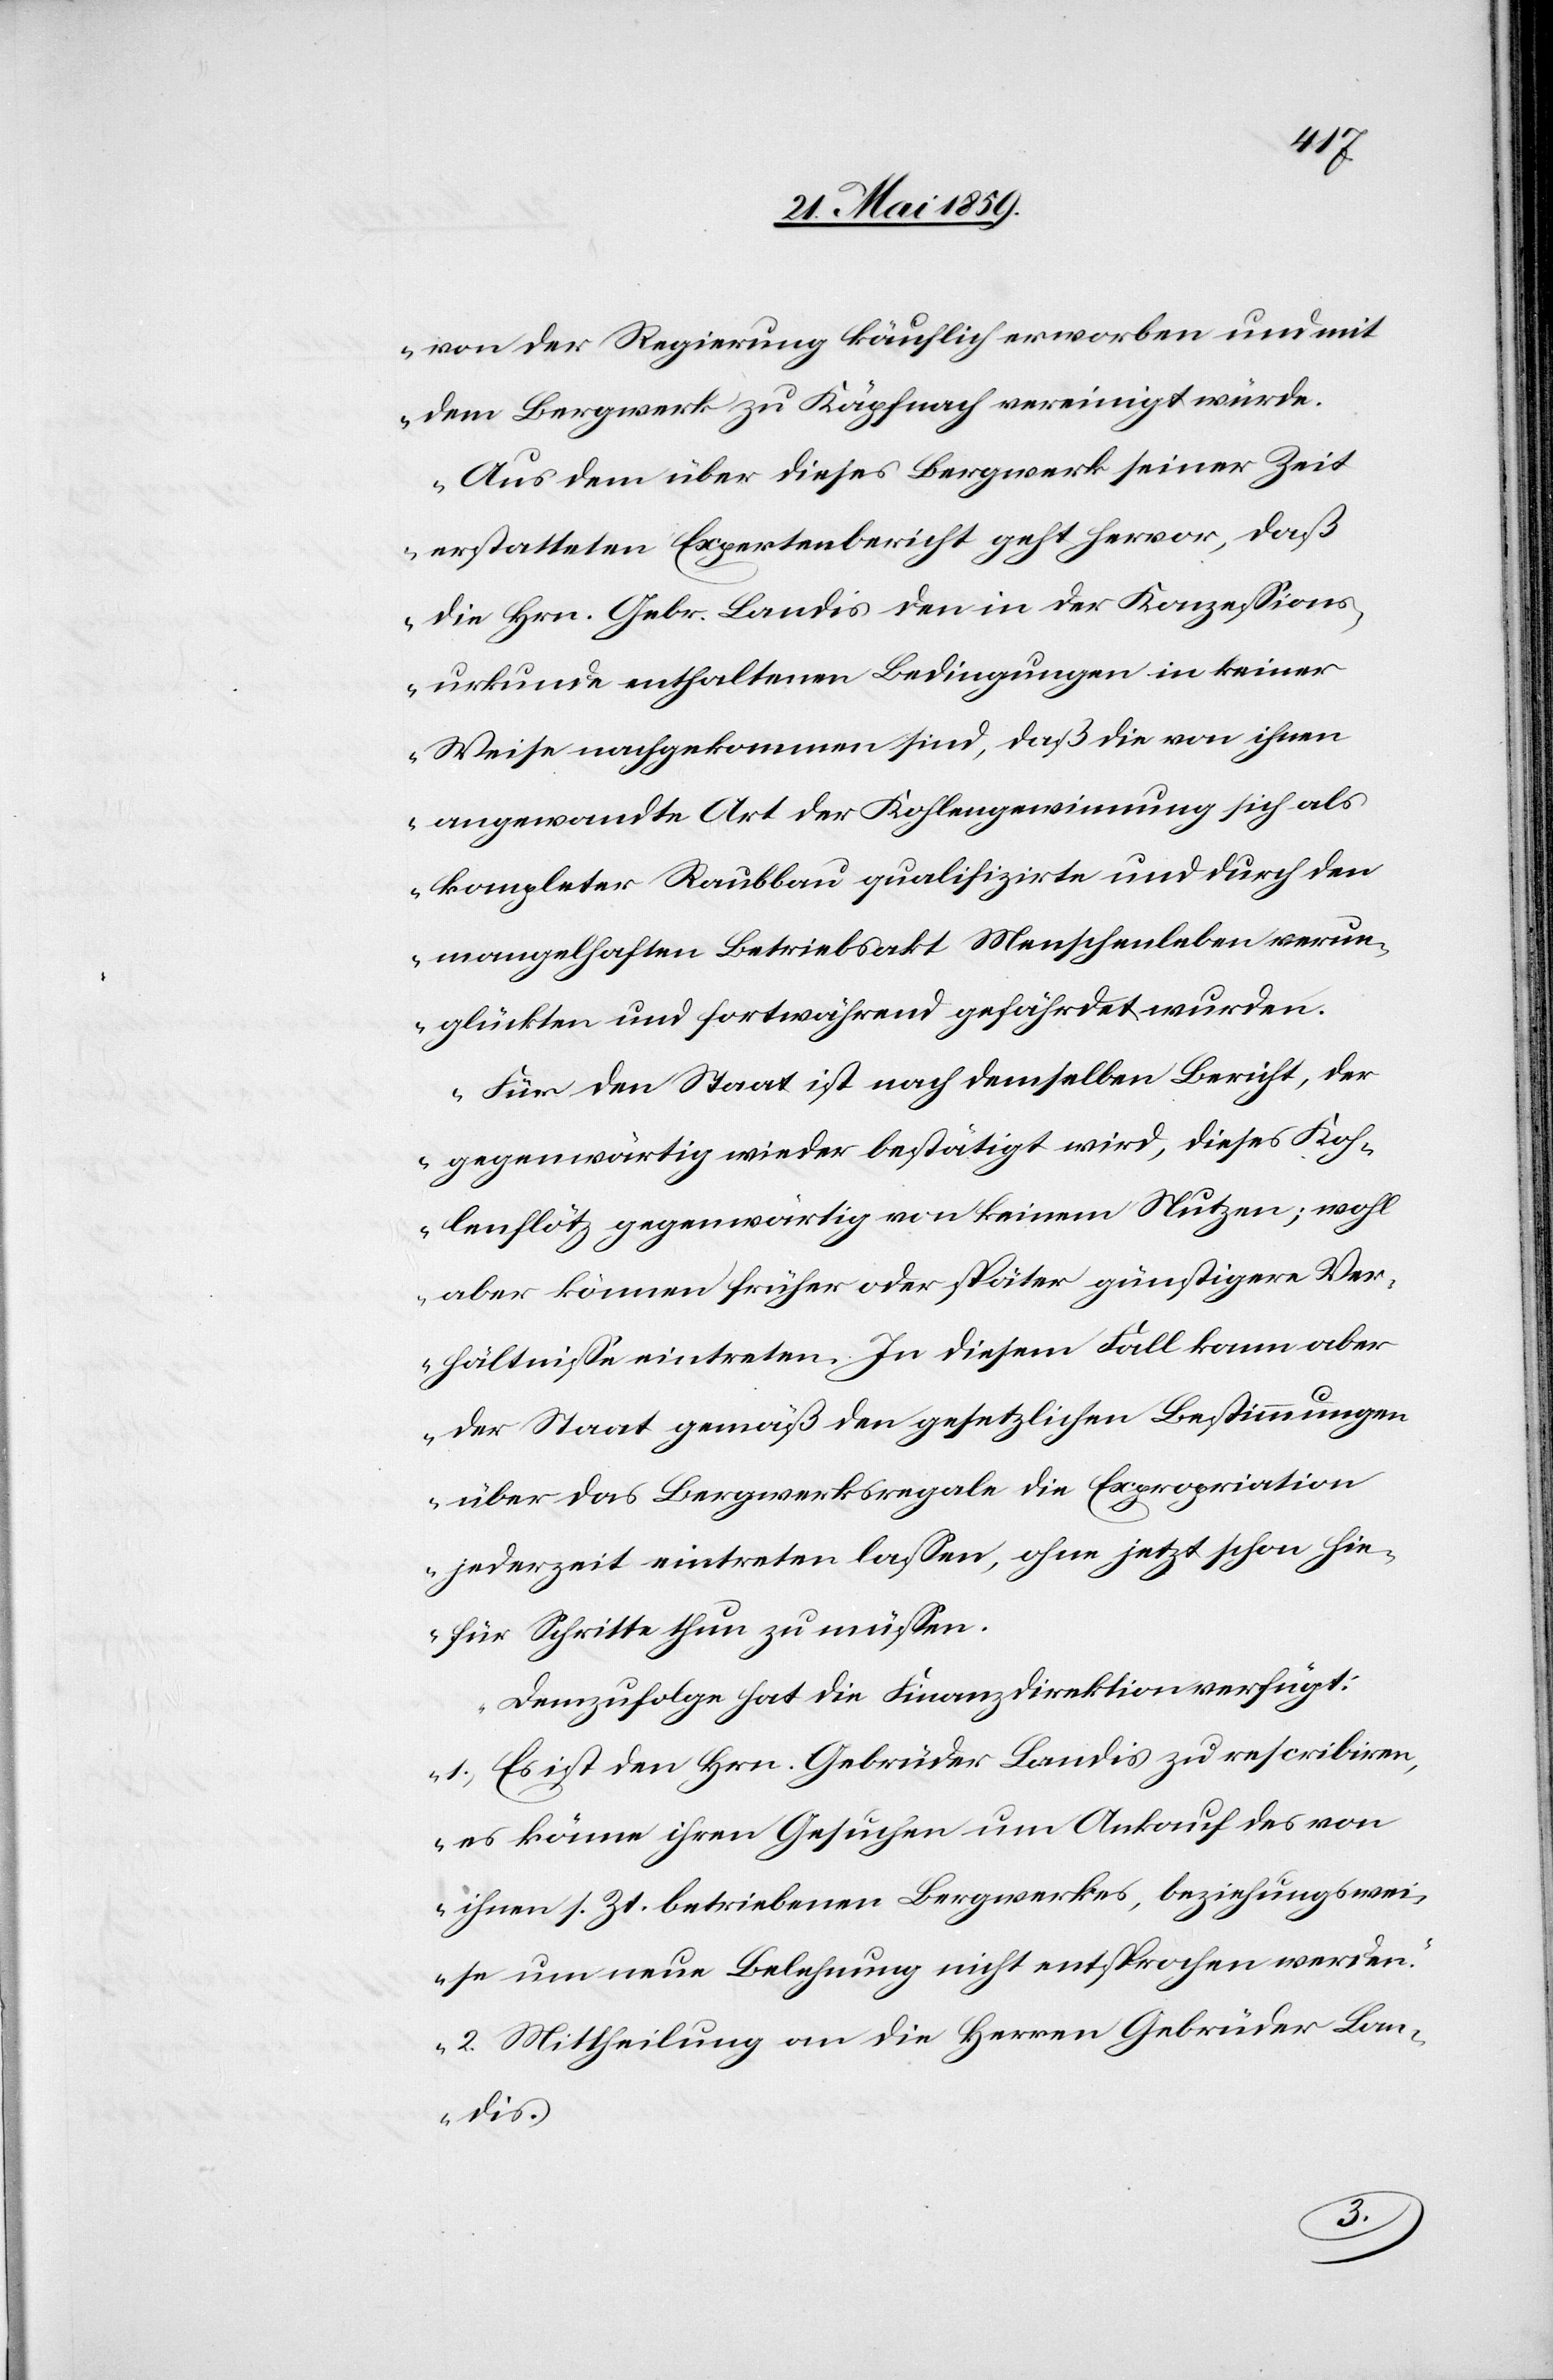
von der Regierung käuflich erworben und mit
dem Bergwerk zu Käpfnach vereinigt würde.
Aus dem über dieses Bergwerk seiner Zeit
erstatteten Expertenbericht geht hervor, daß
die Hrn. Gebr. Landis den in der Konzeßions¬
urkunde enthaltenen Bedingungen in keiner
Weise nachgekommen sind, daß die von ihnen
angewandte Art der Kohlengewinnung sich als
kompleter Raubbau qualifizirte und durch den
mangelhaften Betriebsakt Menschenleben verun¬
glückten und fortwährend gefährdet wurden.
Für den Staat ist nach demselben Bericht, der
gegenwärtig wieder bestätigt wird, dieses Koh¬
lenflötz gegenwärtig von keinem Nutzen; wohl
aber können früher oder später günstigere Ver¬
hältniße eintreten. In diesem Fall kann aber
der Staat gemäß den gesetzlichen Bestimmungen
über das Bergwerksregale die Expropriation
jederzeit eintreten laßen, ohne jetzt schon hie¬
für Schritte thun zu müßen.
Demzufolge hat die Finanzdirektion verfügt:
1) Es ist den Hrn. Gebrüder Landis zu rescribiren,
es könne ihren Gesuchen um Ankauf des von
ihnen s. Zt. betriebenen Bergwerkes, beziehungswei¬
se um neue Belehnung nicht entsprochen werden.
2) Mittheilung an die Herren Gebrüder Lan¬
dis.“